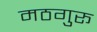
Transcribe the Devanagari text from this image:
मठगुरू